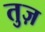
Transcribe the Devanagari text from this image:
तुज़